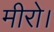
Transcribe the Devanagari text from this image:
मीरो।